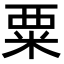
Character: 粟